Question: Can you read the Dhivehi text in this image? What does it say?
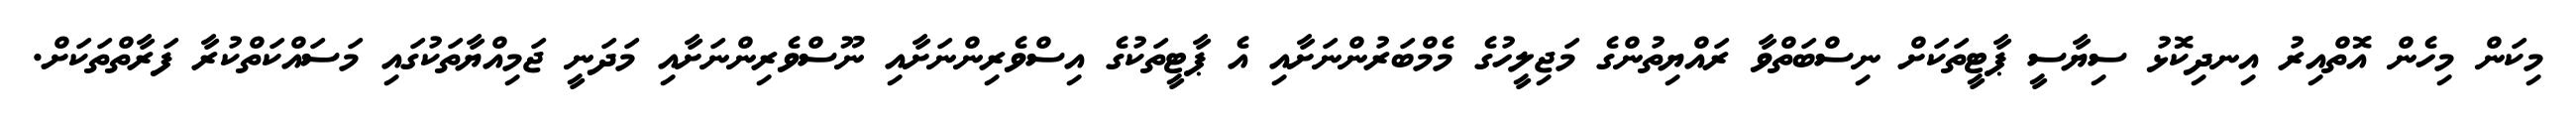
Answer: މިކަން މިހެން އޮތްއިރު އިނދިކޮޅު ސިޔާސީ ޕާޓީތަކަށް ނިސްބަތްވާ ރައްޔިތުންގެ މަޖިލީހުގެ މެމްބަރުންނަށާއި އެ ޕާޓީތަކުގެ އިސްވެރިންނަށާއި ނޫސްވެރިންނަށާއި މަދަނީ ޖަމިއްޔާތަކުގައި މަސައްކަތްކުރާ ފަރާތްތަކަށް.